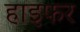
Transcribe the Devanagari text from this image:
हाइफर